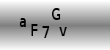
Text: aF7Gv